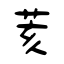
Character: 荄